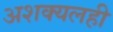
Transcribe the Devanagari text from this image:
अशक्यलही